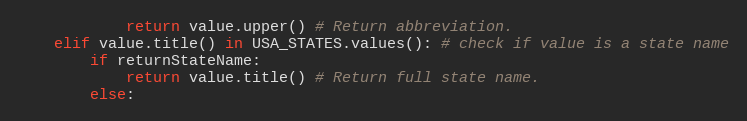
Language: Python
            return value.upper() # Return abbreviation.
    elif value.title() in USA_STATES.values(): # check if value is a state name
        if returnStateName:
            return value.title() # Return full state name.
        else: